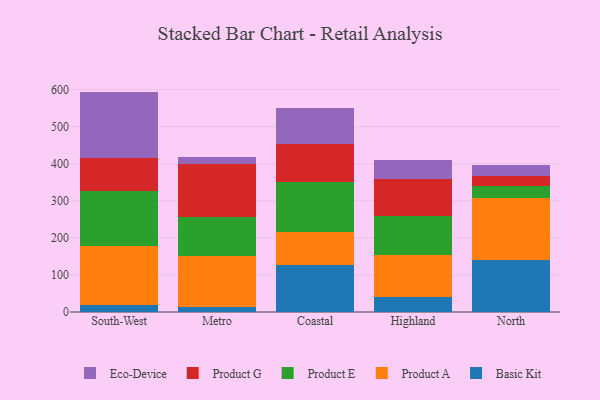
{"axis": {"x": "Region", "y": "Backlog"}, "legend": ["Basic Kit", "Eco-Device", "Product A", "Product E", "Product G"], "data": [{"x": "South-West", "y": 18.5, "type": "Basic Kit"}, {"x": "South-West", "y": 159.9, "type": "Product A"}, {"x": "South-West", "y": 149.0, "type": "Product E"}, {"x": "South-West", "y": 88.6, "type": "Product G"}, {"x": "South-West", "y": 178.5, "type": "Eco-Device"}, {"x": "Metro", "y": 12.2, "type": "Basic Kit"}, {"x": "Metro", "y": 138.4, "type": "Product A"}, {"x": "Metro", "y": 106.6, "type": "Product E"}, {"x": "Metro", "y": 143.1, "type": "Product G"}, {"x": "Metro", "y": 18.6, "type": "Eco-Device"}, {"x": "Coastal", "y": 125.9, "type": "Basic Kit"}, {"x": "Coastal", "y": 90.3, "type": "Product A"}, {"x": "Coastal", "y": 133.4, "type": "Product E"}, {"x": "Coastal", "y": 103.1, "type": "Product G"}, {"x": "Coastal", "y": 97.9, "type": "Eco-Device"}, {"x": "Highland", "y": 40.7, "type": "Basic Kit"}, {"x": "Highland", "y": 112.1, "type": "Product A"}, {"x": "Highland", "y": 107.2, "type": "Product E"}, {"x": "Highland", "y": 99.9, "type": "Product G"}, {"x": "Highland", "y": 49.1, "type": "Eco-Device"}, {"x": "North", "y": 139.9, "type": "Basic Kit"}, {"x": "North", "y": 166.9, "type": "Product A"}, {"x": "North", "y": 32.8, "type": "Product E"}, {"x": "North", "y": 26.0, "type": "Product G"}, {"x": "North", "y": 31.3, "type": "Eco-Device"}]}